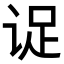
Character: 𬣹